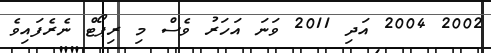
2002 2004 އަދި 2011 ވަނަ އަހަރު ވެސް މި ރިޕޯޓް ނެރެފައިވެ